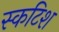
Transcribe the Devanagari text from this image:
स्कटिश